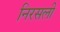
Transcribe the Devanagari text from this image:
निरसली